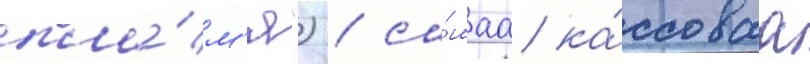
пла́м'я") / са́маа ка́ссоваа